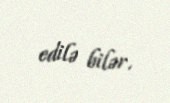
edilə bilər.